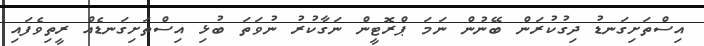
އިސްތަށިގަނޑު ދިގުކުރަން ބޭނުން ނަމަ ޕްރޮޓީން ނަގާކުރު ނުވަތަ ބުޅި އިސްތަށިގަނޑެއް ރީތިވެފައި